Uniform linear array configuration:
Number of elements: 48
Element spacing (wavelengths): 0.75
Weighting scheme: hamming
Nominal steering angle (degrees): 15
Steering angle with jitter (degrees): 13.168
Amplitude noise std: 0.05
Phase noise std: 0.05

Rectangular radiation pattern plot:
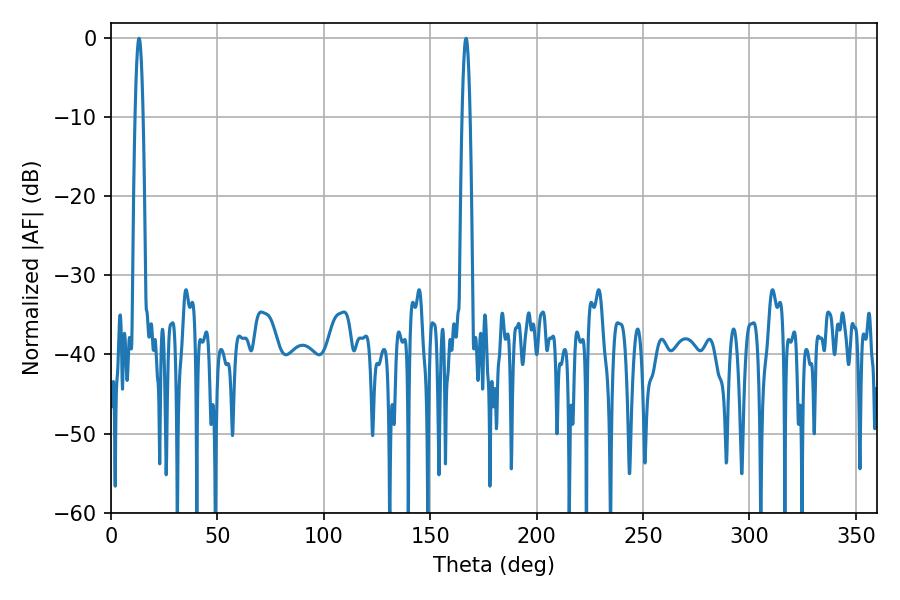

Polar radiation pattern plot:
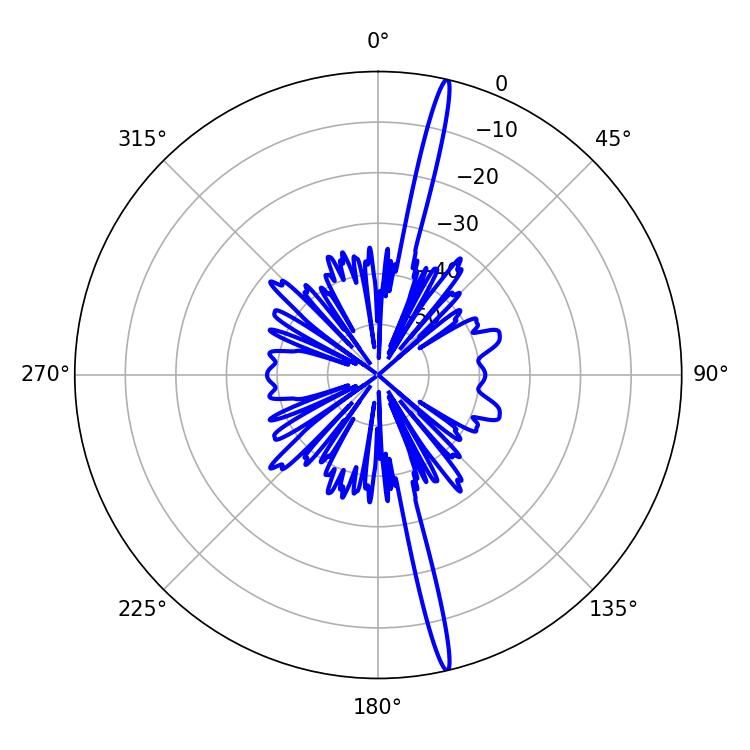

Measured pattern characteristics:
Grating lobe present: TRUE
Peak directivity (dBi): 20.428
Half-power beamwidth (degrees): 1.98
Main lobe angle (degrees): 13.14